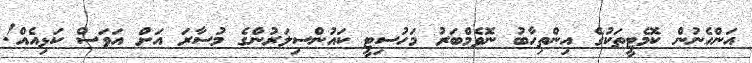
އަންހެނުން ކޮމެޓީތަކުގެ އިންތިހާބު ނޮވެމްބަރު މަހުސިޓީ ކައުންސިލަރުންގެ މުސާރަ އަށް އަވަސް ކަޅިއެއް!